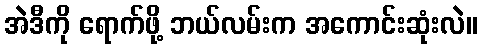
အဲဒီကို ရောက်ဖို့ ဘယ်လမ်းက အကောင်းဆုံးလဲ။